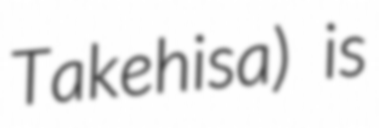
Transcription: Takehisa) is